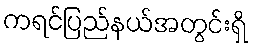
ကရင်ပြည်နယ်အတွင်းရှိ